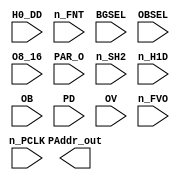
// This program was cloned from: https://github.com/emu-russia/breaks
// License: Creative Commons Zero v1.0 Universal


module PataddrGen(
	n_PCLK,
	H0_DD, n_FNT, BGSEL, OBSEL, O8_16, PAR_O, n_SH2, n_H1D, OB, PD, OV, n_FVO,
	PAddr_out);

	input n_PCLK;

	input H0_DD;
	input n_FNT;
	input BGSEL;
	input OBSEL;
	input O8_16;
	input PAR_O;
	input n_SH2;
	input n_H1D;
	input [7:0] OB;
	input [7:0] PD;
	input [3:0] OV;
	input [2:0] n_FVO;

	output [13:0] PAddr_out;

endmodule // PataddrGen